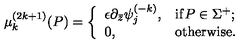
\mu _ { k } ^ { ( 2 k + 1 ) } ( P ) = \left\{ \begin{array} { l l } { \epsilon \partial _ { \bar { z } } \psi _ { j } ^ { ( - k ) } , } & { \mathrm { i f } P \in \Sigma ^ { + } ; } \\ { 0 , } & { \mathrm { o t h e r w i s e } . } \\ \end{array} \right.